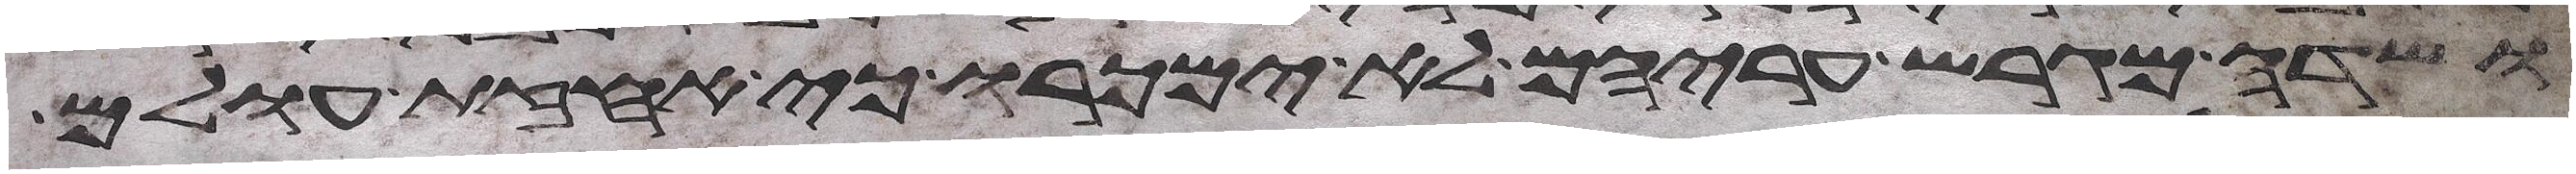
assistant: ושדה מגרש עריהם לא ימכרו כי אחזת עולם